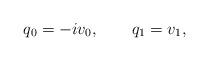
LaTeX: \begin{align*}q_0 = -i v_0, \qquad q_1 = v_1, \end{align*}